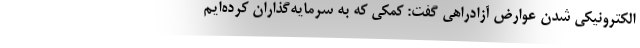
الکترونیکی شدن عوارض آزادراهی گفت: کمکی که به سرمایه‌گذاران کرده‌ایم